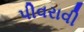
પીવરાવી